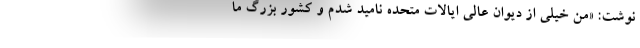
نوشت: «من خیلی از دیوان عالی ایالات متحده نامید شدم و کشور بزرگ ما